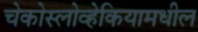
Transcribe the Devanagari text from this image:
चेकोस्लोव्हेकियामधील